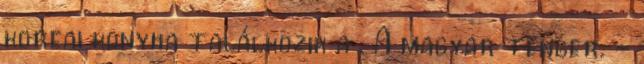
koreai konyha találkozik a . A magyar tenger. -